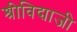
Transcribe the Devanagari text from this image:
श्रीविद्याजी